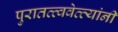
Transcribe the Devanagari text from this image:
पुरातत्त्ववेत्त्यांनी